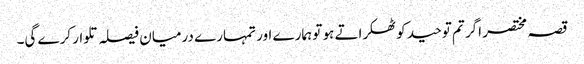
قصہ مختصر اگر تم توحید کو ٹھکراتے ہو تو ہمارے اور تمہارے درمیان فیصلہ تلوار کرے گی۔